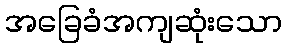
အခြေခံအကျဆုံးသော